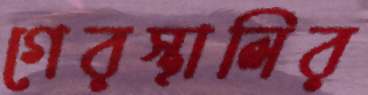
গেরস্থালির